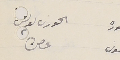
الخوري لويس غصن